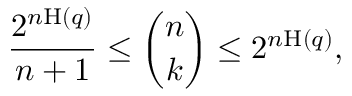
{ \frac { 2 ^ { n \mathrm { H } ( q ) } } { n + 1 } } \leq { \binom { n } { k } } \leq 2 ^ { n \mathrm { H } ( q ) } ,